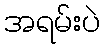
အရမ်းပဲ